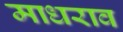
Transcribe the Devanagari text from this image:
माधराव